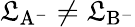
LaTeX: \mathfrak{L}_{\mathrm{{{A^{-}}}}}\neq\mathfrak{L}_{\mathrm{{{B^{-}}}}}